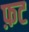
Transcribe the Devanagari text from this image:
फ़ट